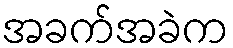
အခက်အခဲက